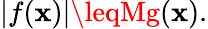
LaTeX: |f(\mathbf{x})|\leqMg(\mathbf{x}).